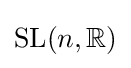
\operatorname {SL} (n,\mathbb {R} )